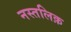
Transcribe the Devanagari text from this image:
नस्तलिक़